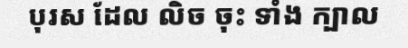
បុរស ដែល លិច ចុះ ទាំង ក្បាល